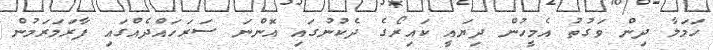
ހަމަލާ ދިން ވަގުތު އެމީހުން ދިޔައީ ކައިރޯގެ ދެކުނުގައި އޮންނަ ސަރަހައްދެއްގައި ފާރަމަރަމުން